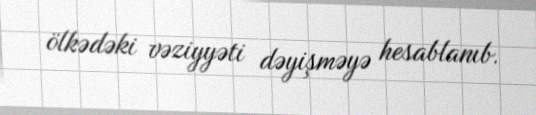
ölkədəki vəziyyəti dəyişməyə hesablanıb.